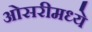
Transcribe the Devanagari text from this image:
ओसरीमध्ये